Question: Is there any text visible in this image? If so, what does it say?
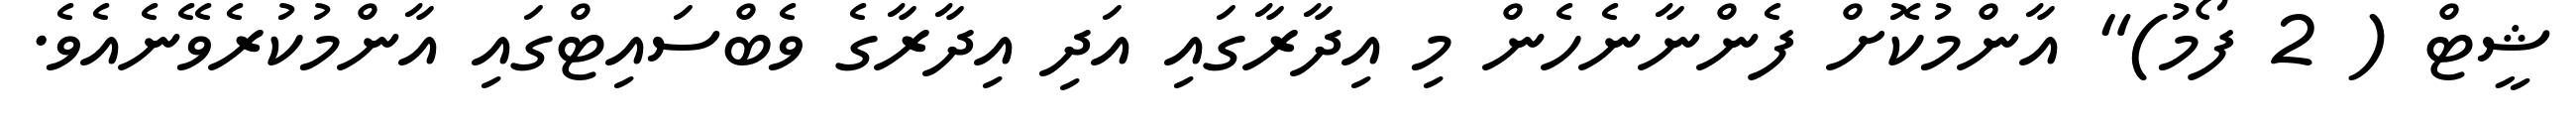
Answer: ޝީޓް ( 2 ފޯމު)" އާންމުކޮށް ފެންނާނެހެން މި އިދާރާގައި އަދި އިދާރާގެ ވެބްސައިޓްގައި އާންމުކުރެވޭނެއެވެ.